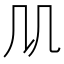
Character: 𠘬